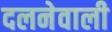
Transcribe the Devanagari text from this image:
दलनेवाली